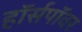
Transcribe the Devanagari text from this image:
ह़ॉर्सपॉवर